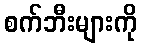
စက်ဘီးများကို